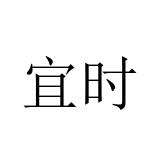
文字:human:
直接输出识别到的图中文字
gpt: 宜时